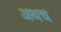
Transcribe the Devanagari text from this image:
अथच